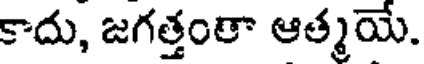
కాదు, జగత్తంతా ఆత్మయే.